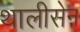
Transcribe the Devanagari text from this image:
थालीसेन